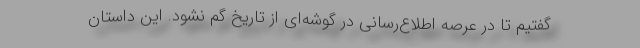
گفتیم تا در عرصه اطلاع‌رسانی در گوشه‌ای از تاریخ گم نشود. این داستان